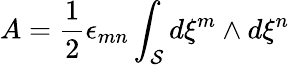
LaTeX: A={\frac{1}{2}}\epsilon_{mn}\int_{\cal S}d\xi^{m}\wedge d\xi^{n}